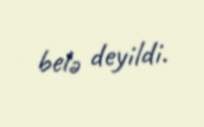
belə deyildi.